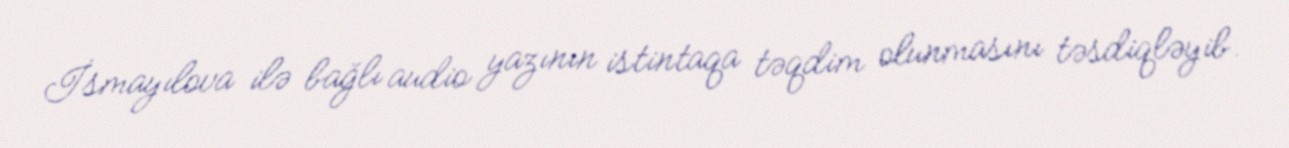
İsmayılova ilə bağlı audio yazının istintaqa təqdim olunmasını təsdiqləyib.